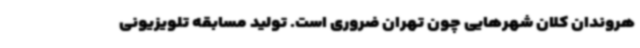
هروندان کلان شهرهایی چون تهران ضروری است. تولید مسابقه تلویزیونی